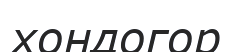
хондогор